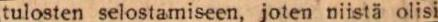
tulosten selostamiseen, joten niistä olisi